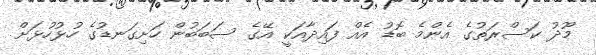
މޫދު ކަސްރަތުގެ އެންމެ ބޮޑު އެއް ފައިދާއަކީ އޭގެ ސަބަބުން ހަށިގަނޑުގެ ހުޅުހުޅަށް